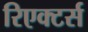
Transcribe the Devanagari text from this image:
रिएक्टर्स